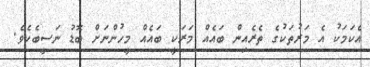
އެކަމަކު އެ މަރުތަކުގެ ތެރެއިން ބައެއް މަރަކީ ބައެއް މީހުންނަށް ބޮޑު ނަސީބެކެވެ.